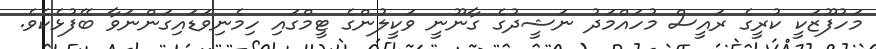
މަހުފޫޒަކީ ކުރީގެ ރައީސް މުހައްމަދު ނަޝީދުގެ ގާނޫނީ ވަކީލުންގެ ޓީމްގައި ހިމެނިވަޑައިގަންނަވާ ބޭފުޅެކެވެ.